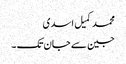
محمد کمیل اسدی
جین سے جان تک ۔